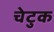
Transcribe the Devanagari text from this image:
चेटुक